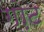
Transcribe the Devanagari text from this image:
गो़ट